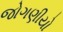
જોગણીયો